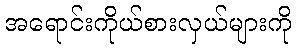
အရောင်းကိုယ်စားလှယ်များကို